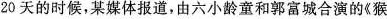
20天的时候，某媒体报道，由六小龄童和郭富城合演的《猴